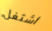
اشتغل